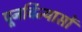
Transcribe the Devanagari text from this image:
पूनर्विन्यासों